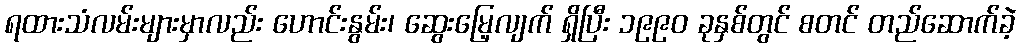
ရထားသံလမ်းများမှာလည်း ဟောင်းနွမ်း၊ ဆွေးမြေ့လျက် ရှိပြီး ၁၉၉၀ ခုနှစ်တွင် စတင် တည်ဆောက်ခဲ့